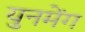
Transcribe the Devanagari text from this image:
युनमेंग